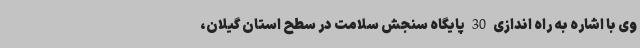
وی با اشاره به راه اندازی 30 پایگاه سنجش سلامت در سطح استان گیلان،